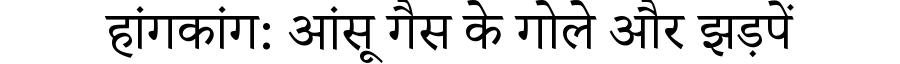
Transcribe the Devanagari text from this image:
हांगकांग: आंसू गैस के गोले और झड़पें